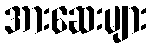
အားဆေးများ